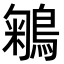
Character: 鵴